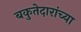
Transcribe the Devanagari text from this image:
बकुतेदारांच्या